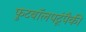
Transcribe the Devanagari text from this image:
फुटबॉलपटूंपैकी